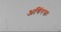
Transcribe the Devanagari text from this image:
अगिंरसः